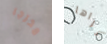
مخرجا نراها